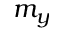
m _ { y }